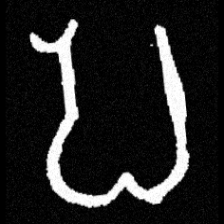
Pyu character \u2014 Myanmar letter: ပ (romanized: pa)